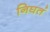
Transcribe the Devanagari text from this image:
निघतं